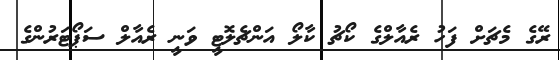
ރޭގެ މެޗަށް ފަހު ރެއާލްގެ ކޯޗު ކާލޯ އަންޗެލޮޓީ ވަނީ ރެއާލް ސަޕޯޓަރުންގެ